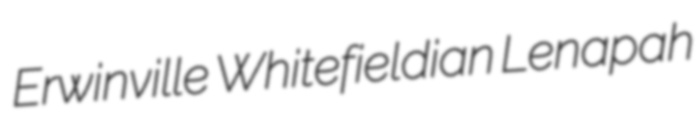
Erwinville Whitefieldian Lenapah